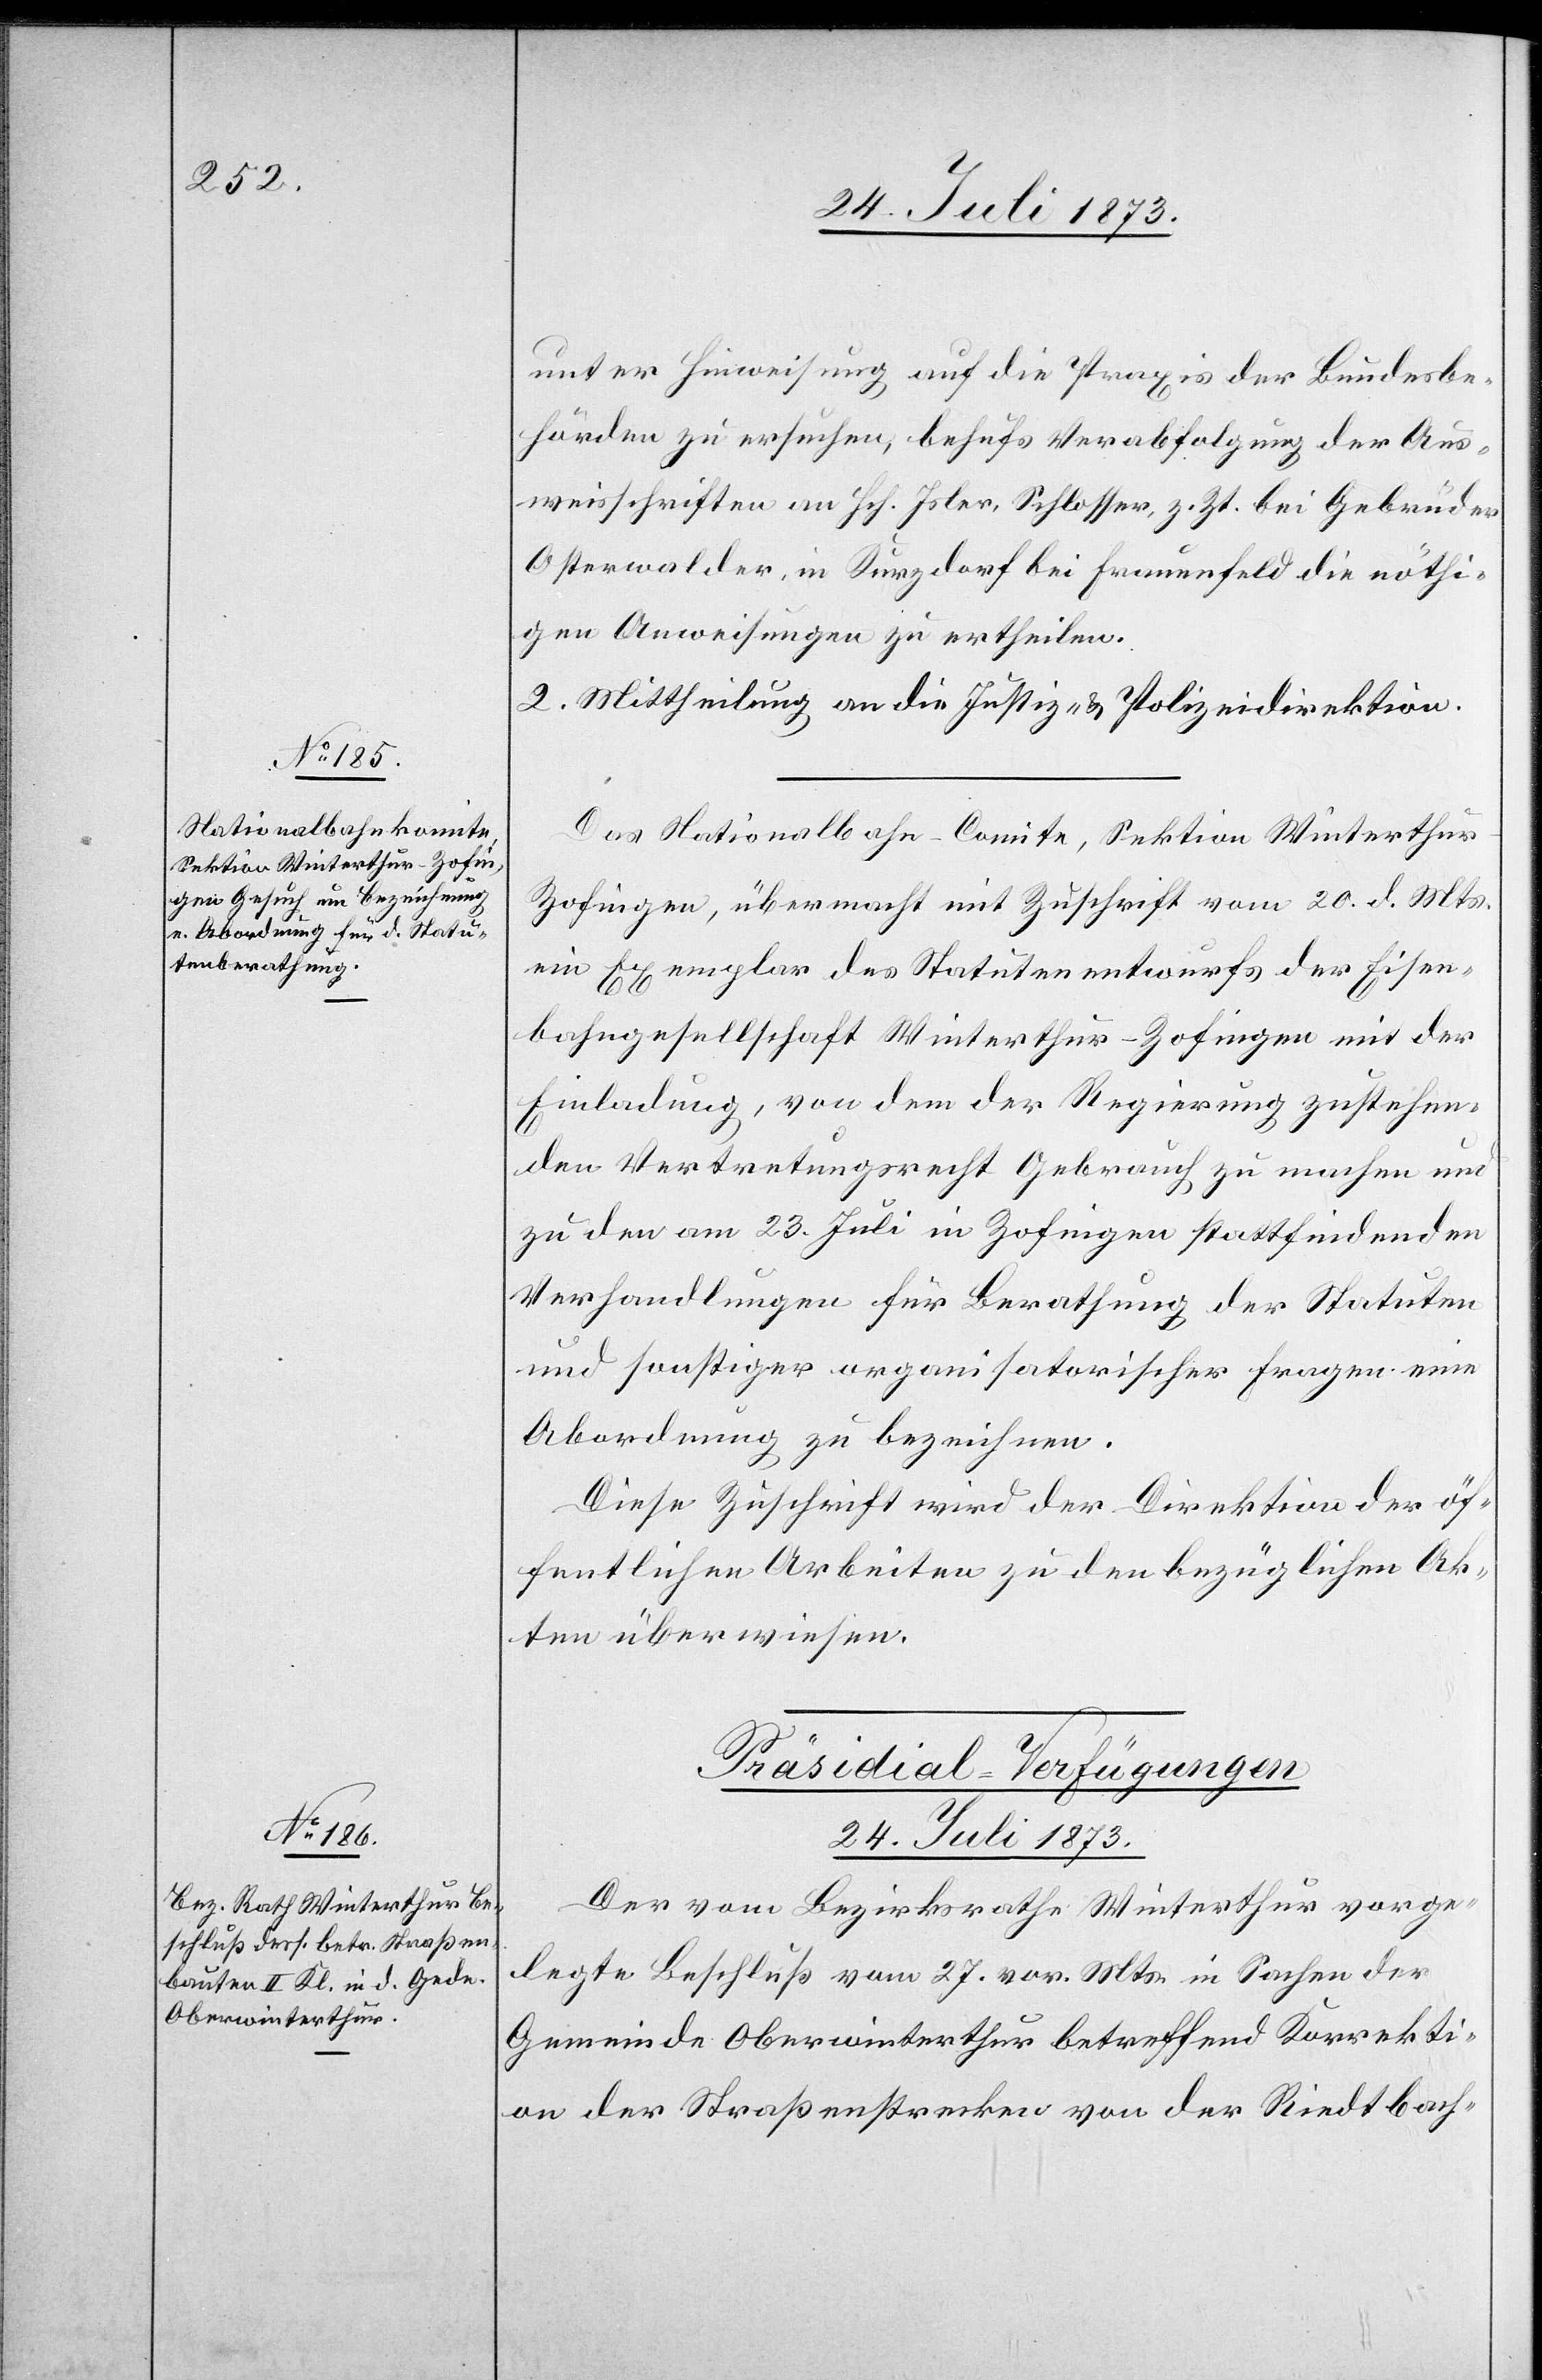
unter Hinweisung auf die Praxis der Bundesbe¬
hörden zu ersuchen, behufs Verabfolgung der Aus¬
weisschriften an Hch. Isler, Schlosser, z. Zt. bei Gebrüder
Osterwalder, in Kurzdorf bei Frauenfeld die nöthi¬
gen Anweisungen zu ertheilen.
2. Mittheilung an die Justiz- & Polizeidirektion.
Das Nationalbahn-Comite, Sektion Winterthu¬
r-Zofingen, übermacht mit Zuschrift vom 20. d. Mts.
ein Exemplar des Statutenentwurfs der Eisen¬
bahngesellschaft Winterthur–Zofingen mit der
Einladung, von dem der Regierung zustehen¬
den Vertretungsrecht Gebrauch zu machen und
zu den am 23. Juli in Zofingen stattfindenden
Verhandlungen für Berathung der Statuten
und sonstiger organisatorischer Fragen eine
Abordnung zu bezeichnen.
Diese Zuschrift wird der Direktion der öf¬
fentlichen Arbeiten zu den bezüglichen Ak¬
ten überwiesen.
Präsidial-Verfügungen
24. Juli 1873.
Der vom Bezirksrathe Winterthur vorge¬
legte Beschluß vom 27. vor. Mts. in Sachen der
Gemeinde Oberwinterthur betreffend Korrekti¬
on der Straßenstrecken von der Riedtbach-